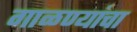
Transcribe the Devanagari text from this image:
गाळण्यांचा